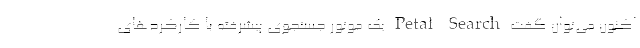
اکنون می‌توان گفت Petal Search یک موتور جستجوی پیشرفته با کارکردهای